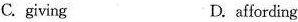
C. giving D.affordling